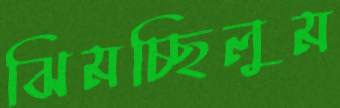
ঝিমচ্ছিলুম